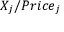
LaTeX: X _ { j } / P r i c e _ { j }